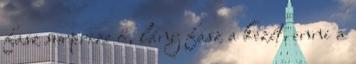
fasz surprize ő, lány fasz a kezét, enni a